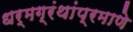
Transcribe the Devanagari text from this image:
धर्मग्रंथांप्रमाणे